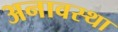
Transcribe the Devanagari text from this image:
अनावस्था